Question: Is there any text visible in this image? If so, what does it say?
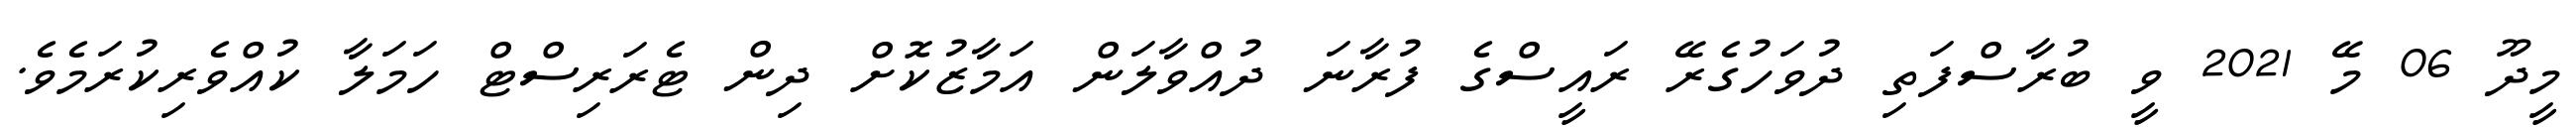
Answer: މީދޫ 06 މޭ 2021 ވީ ބުރާސްފަތި ދުވަހުގެރޭ ރައީސްގެ ފުރާނަ ދުއްވާލަން އަމާޒުކޮށް ދިން ޓެރަރިސްޓް ހަމަލާ ކުއްވެރިކުރަމެވެ.